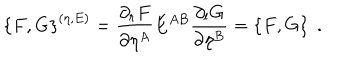
\left\{ F , G \right\} ^ { ( \eta , E ) } = \frac { \partial _ { r } F } { \partial \eta ^ { A } } E ^ { A B } \frac { \partial _ { l } G } { \partial \eta ^ { B } } = \left\{ F , G \right\} \; .